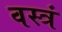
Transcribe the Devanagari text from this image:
वस्त्रं